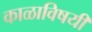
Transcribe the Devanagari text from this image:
काळाविषयी